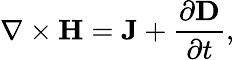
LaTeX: \nabla\times{\mathbf H}={\mathbf J}+\frac{\partial{\mathbf D}}{\partial t},